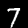
Digit: 7